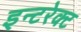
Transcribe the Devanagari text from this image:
इन्टरेक्ट